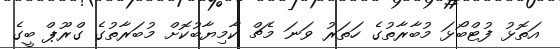
އަތޮޅު ފުޓްބޯޅަ މުބާރާތުގެ ހަތަރު ވަނަ މެޗް ކާމިޔާބުކޮށް މުބަރާތުގެ ގްރޫޕް ބީގެ